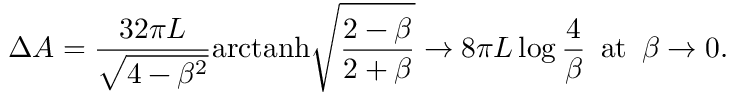
\Delta A = \frac { 3 2 \pi L } { \sqrt { 4 - \beta ^ { 2 } } } \mathrm { a r c t a n h } \sqrt { \frac { 2 - \beta } { 2 + \beta } } \to 8 \pi L \log \frac { 4 } { \beta } \, \, \, \mathrm { a t } \, \, \, \beta \to 0 .